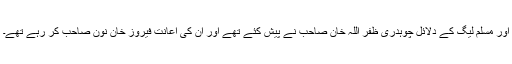
اور مسلم لیگ کے دلائل چوہدری ظفر اللہ خان صاحب نے پیش کئے تھے اور ان کی اعانت فیروز خان نون صاحب کر رہے تھے۔